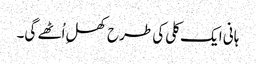
ہانی ایک کلی کی طرح کھلِ اُٹھے گی۔